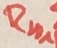
Text: Rn1